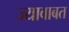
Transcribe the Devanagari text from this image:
ज्याबाबत